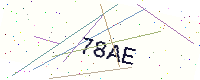
Text: 78AE